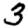
Digit: 3